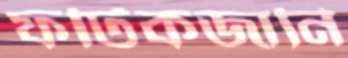
ফটিকজানি